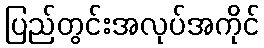
ပြည်တွင်းအလုပ်အကိုင်